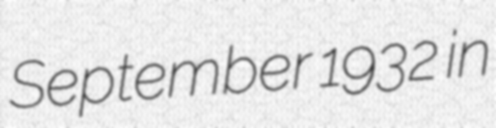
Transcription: September 1932 in